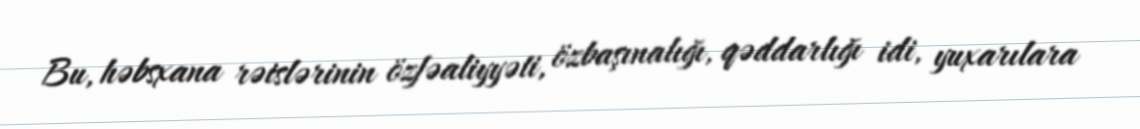
Bu, həbsxana rəislərinin özfəaliyyəti, özbaşınalığı, qəddarlığı idi, yuxarılara